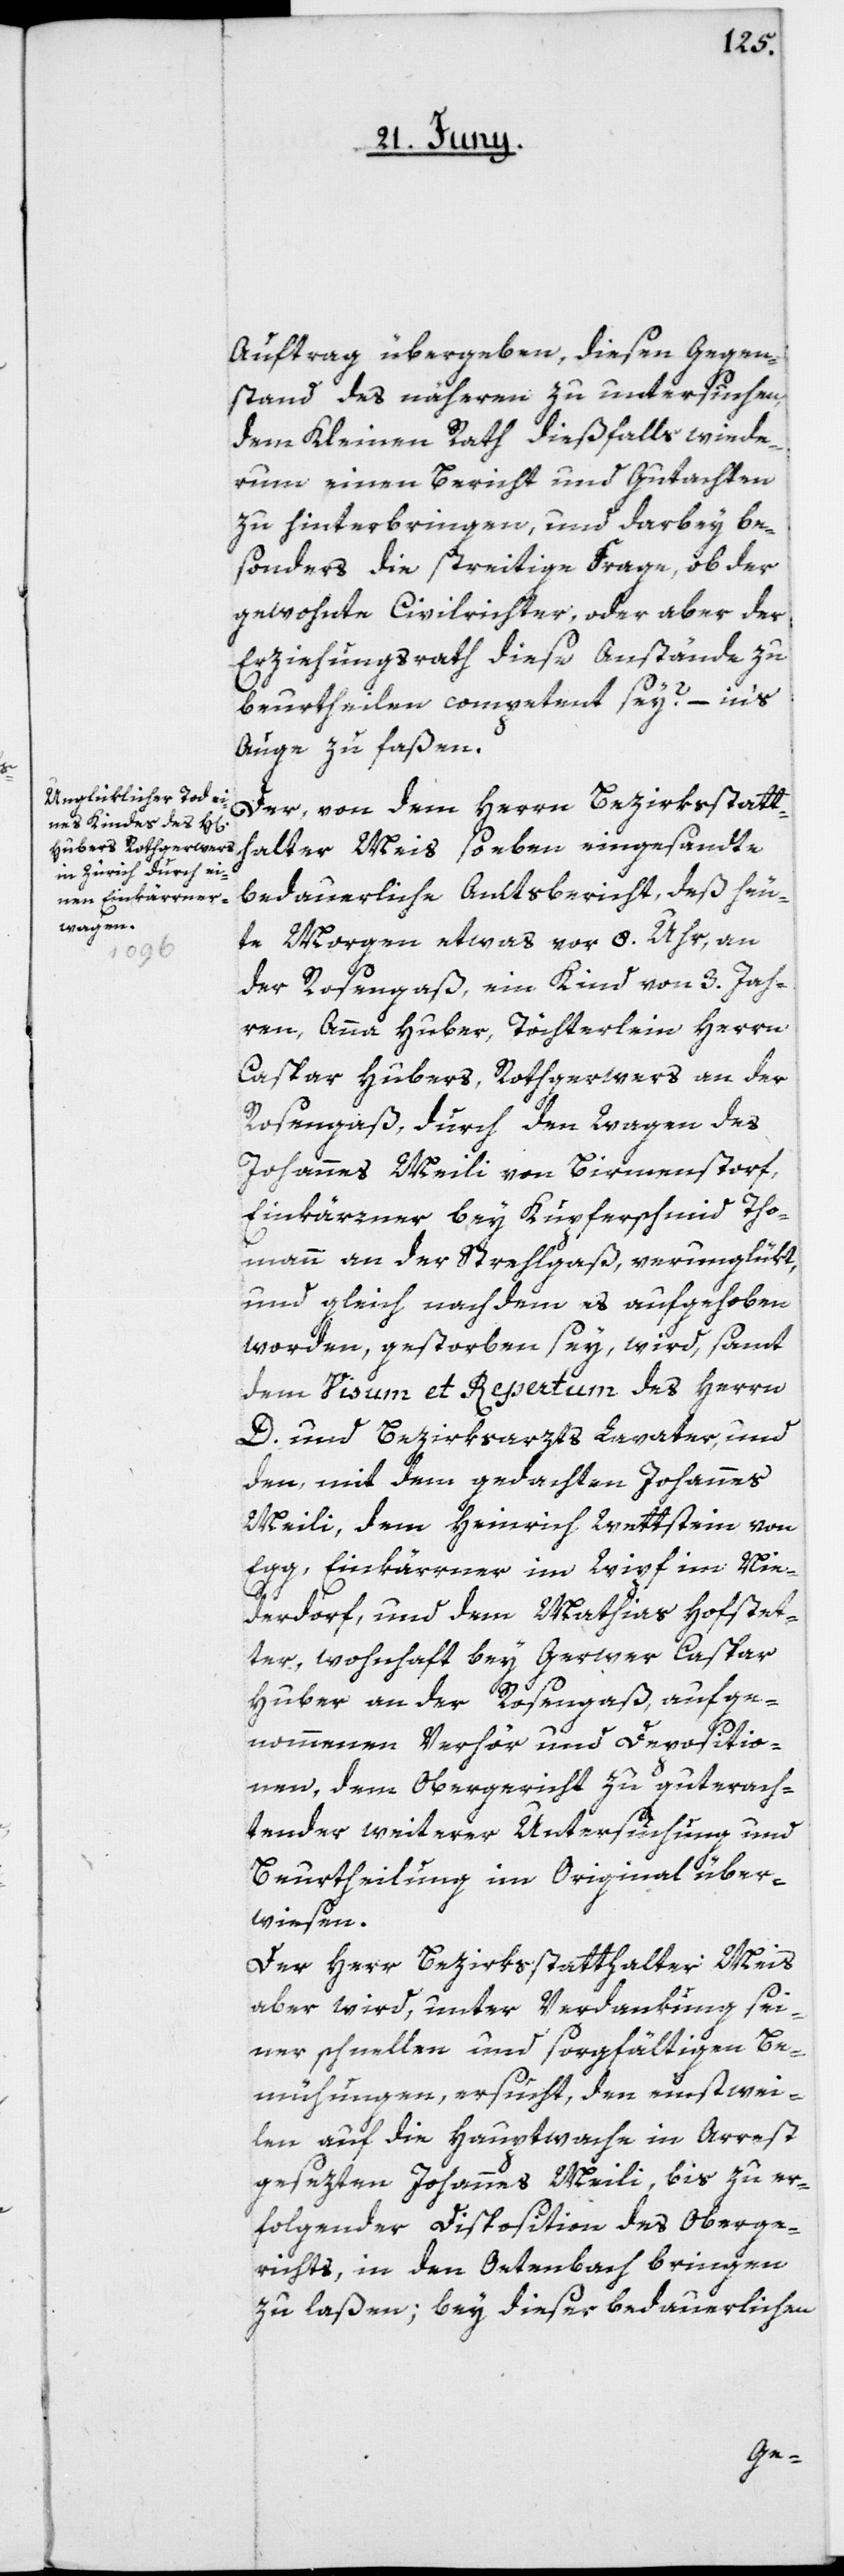
Auftrag übergeben, diesen Gegen¬
stand des näheren zu untersuchen,
dem Kleinen Rath dießfalls wiede¬
rum einen Bericht und Gutachten
zu hinterbringen, und darbey be¬
sonders die streitige Frage, ob der
gewohnte Civilrichter, oder aber der
Erziehungsrath diese Anstände zu
beurtheilen competent sey? – in’s
Auge zu faßen.
Der, von dem Herrn Bezirksstatt¬
halter Meis soeben eingesandte
bedauerliche Amtsbericht, daß heu¬
te Morgen etwas vor 8. Uhr, an
der Rosengaß, ein Kind von 3. Jah¬
ren, Anna Huber, Töchterlein Herrn
Caspar Hubers, Rothgerwers an der
Rosengaß, durch den Wagen des
Johannes Meili von Birmenstorf,
Einkärrner bey Kupferschmied Tho¬
mann an der Strehlgaß, verunglükt,
und gleich nach dem es aufgehoben
worden, gestorben sey, wird samt
dem Visum et Repertum des Herrn
D. und Bezirksarzts Lavater, und
den, mit dem gedachten Johannes
Meili, dem Heinrich Wettstein von
Egg, Einkärrner im Wipf im Nie¬
derdorf, und dem Mathias Hofstet¬
ter, wohnhaft bey Gerwer Caspar
Huber an der Rosengaß, aufge¬
nommenen Verhör und Depositio¬
nen, dem Obergericht zu guterach¬
tender weiterer Untersuchung und
Beurtheilung im Original über¬
wiesen.
Der Herr Bezirksstatthalter Meis
aber wird, unter Verdankung sei¬
ner schnellen und sorgfältigen Be¬
mühungen ersucht, den einstwei¬
len auf die Hauptwache in Arrest
gesezten Johannes Meili, bis zu er¬
folgender Disposition des Oberge¬
richts, in den Oetenbach bringen
zu laßen; bey dieser bedauerlichen